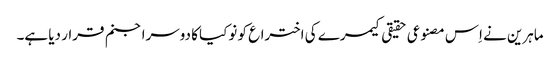
ماہرین نے اِس مصنوعی حقیقی کیمرے کی اختراع کو نوکیا کا دوسرا جنم قرار دیا ہے۔